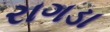
રાગડા